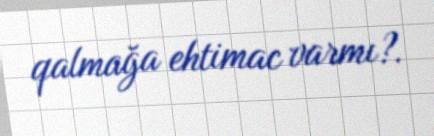
qalmağa ehtimac varmı?.